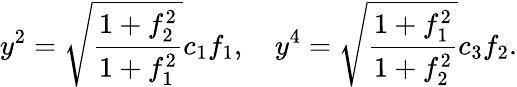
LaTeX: y^{2}=\sqrt{\frac{1+f_{2}^{2}}{1+f_{1}^{2}}}c_{1}f_{1},\quad y^{4}=\sqrt{\frac{1+f_{1}^{2}}{1+f_{2}^{2}}}c_{3}f_{2}.